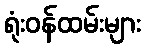
ရုံးဝန်ထမ်းများ